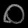
Digit: ၀